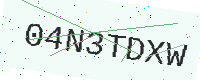
Text: 04N3TDXW